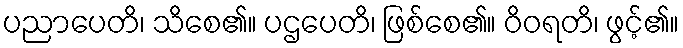
ပညာပေတိ၊ သိစေ၏။ ပဌပေတိ၊ ဖြစ်စေ၏။ ဝိဝရတိ၊ ဖွင့်၏။